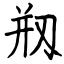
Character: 剏